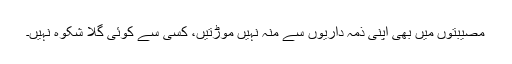
مصیبتوں میں بھی اپنی ذمہ داریوں سے منہ نہیں موڑتیں، کسی سے کوئی گلا شکوہ نہیں۔